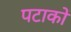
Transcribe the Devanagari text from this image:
पटाकों